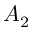
A _ { 2 }